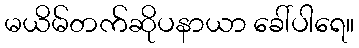
မယိမ်တက်ဆိုပနာယာ ခေါ်ပါရေ။